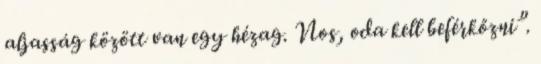
aljasság között van egy hézag. Nos, oda kell beférkőzni”.